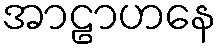
အာဠာဟနေ